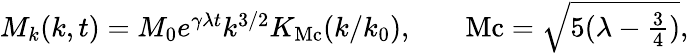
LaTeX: \begin{array}{rlr}{M_{k}(k,t)=M_{0}e^{\gamma\lambda t}k^{3/2}K_{\mathrm{Mc}}(k/k_{0}),}&{{}}&{\mathrm{Mc}=\sqrt{5(\lambda-\frac{3}{4})},}\end{array}